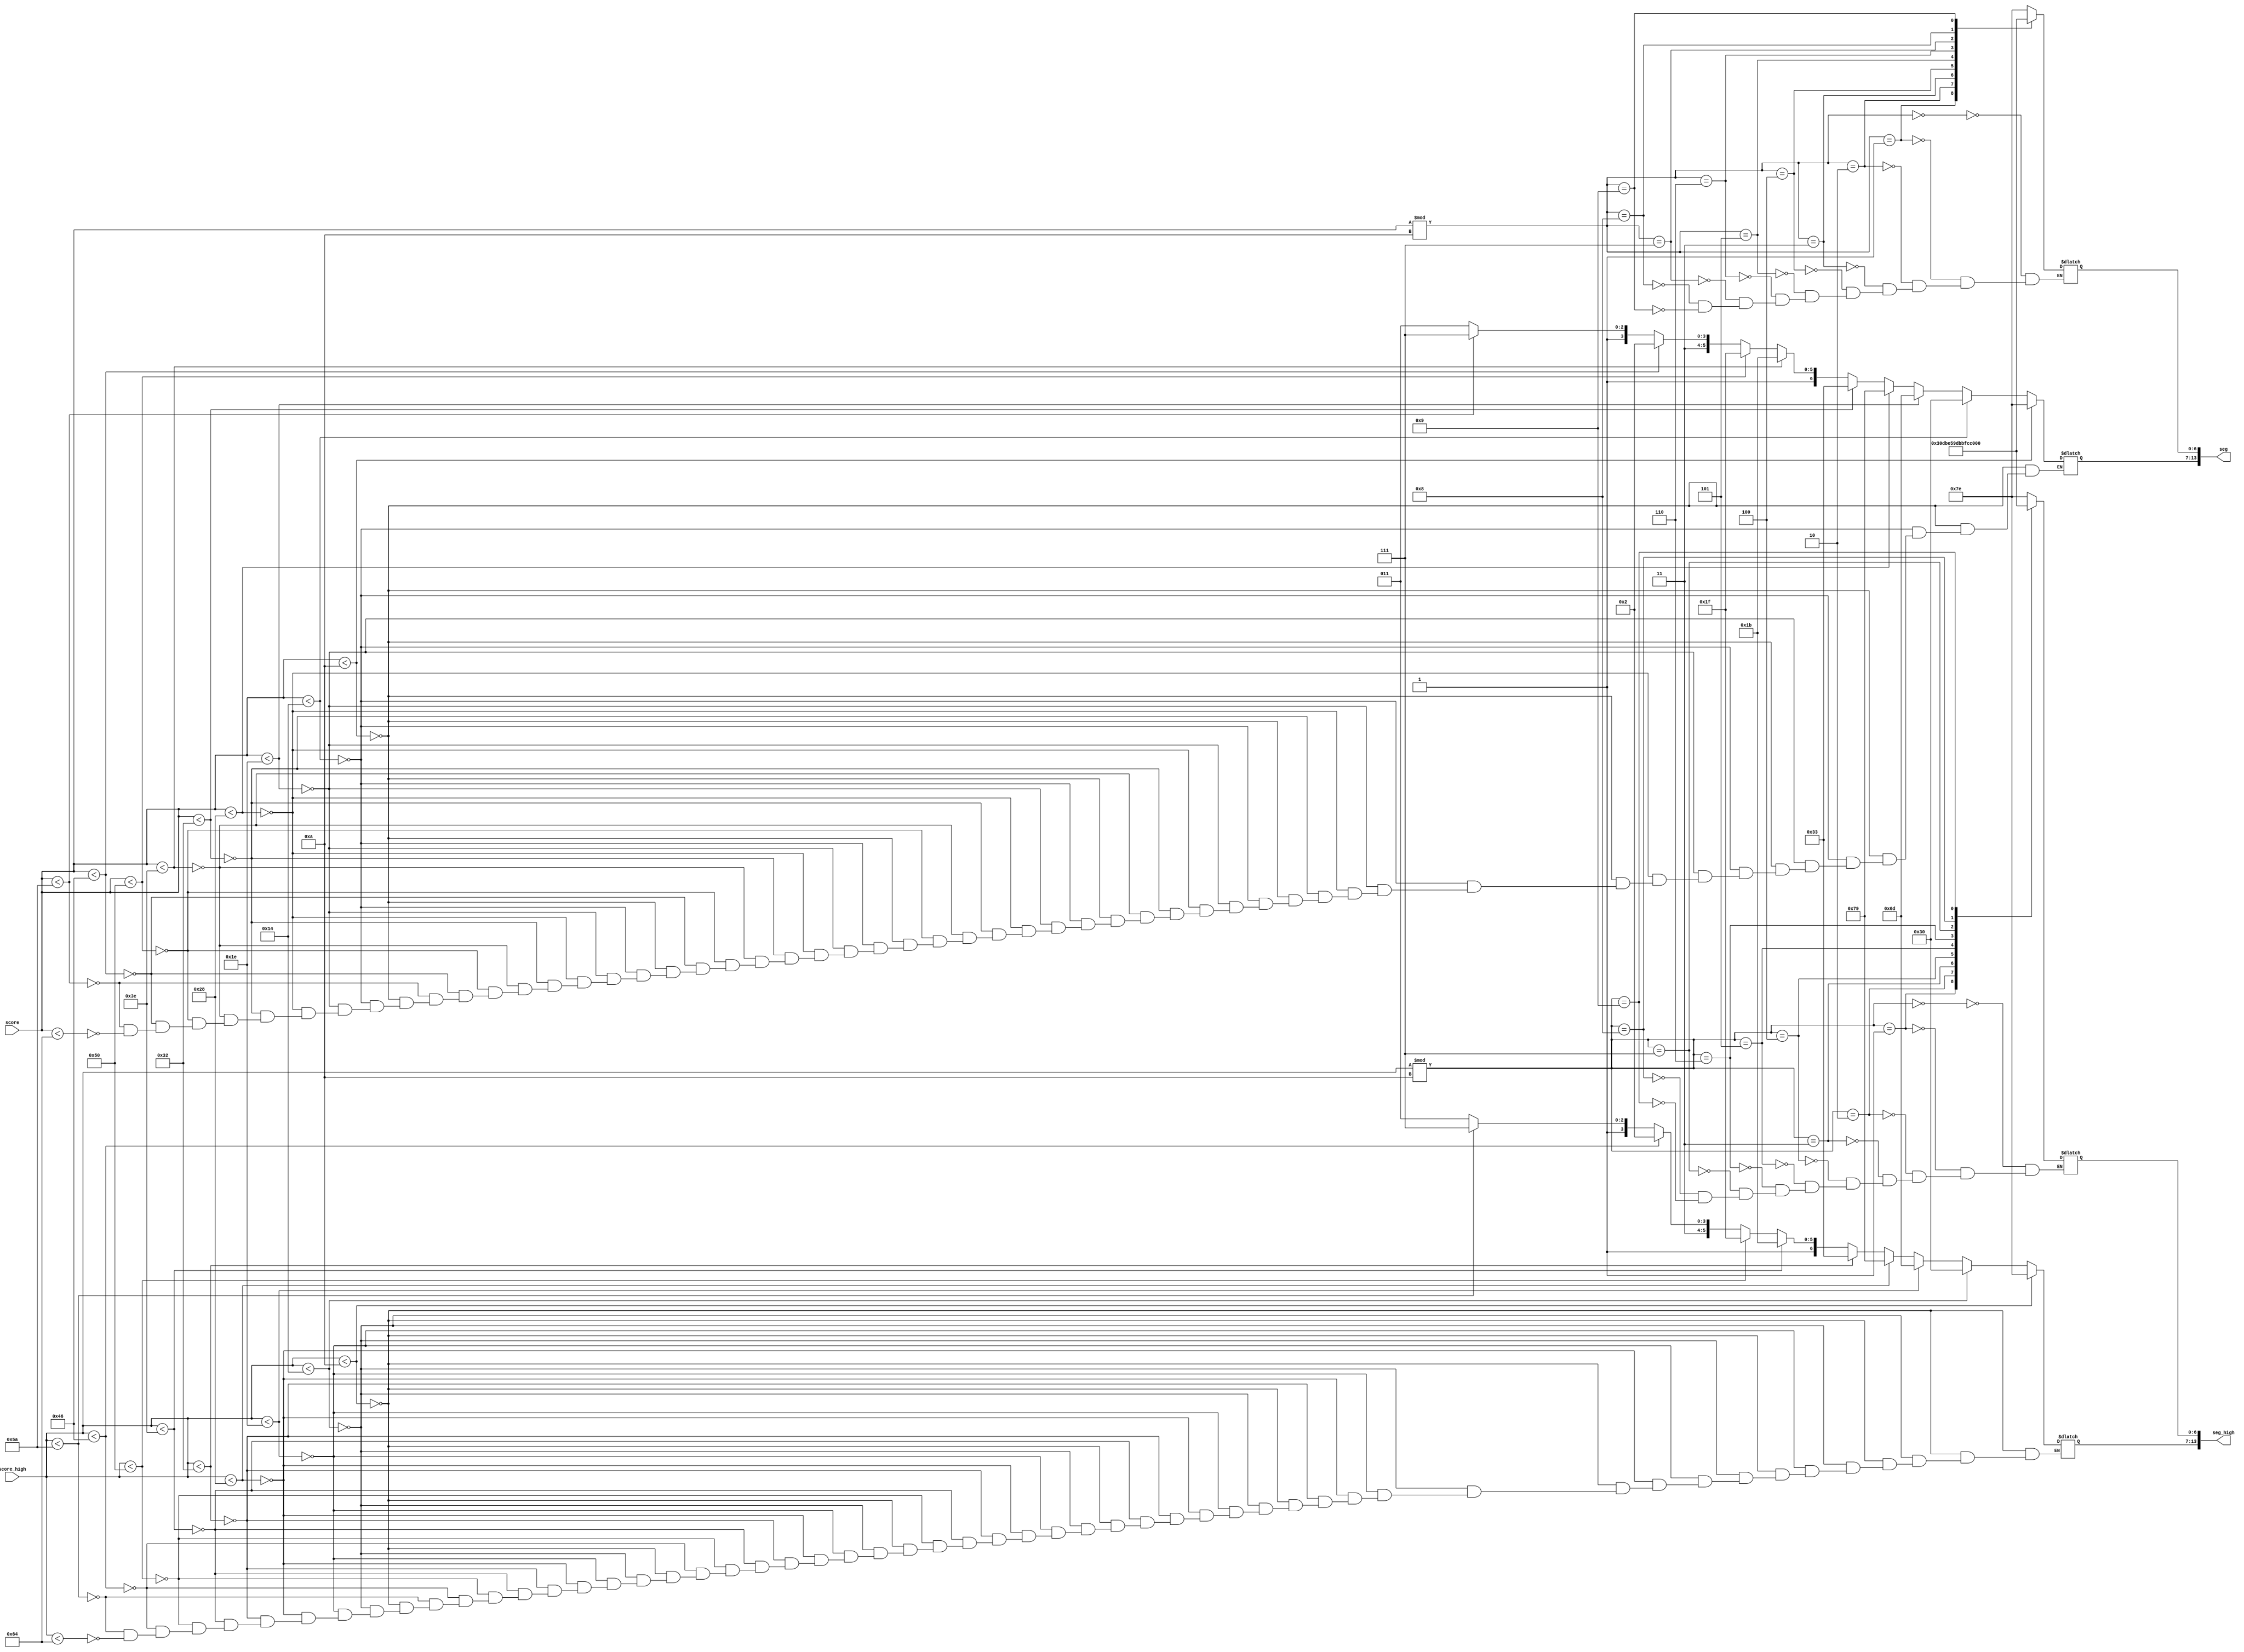
`timescale 1ns / 1ps
//////////////////////////////////////////////////////////////////////////////////
// Company: 
// Engineer: 
// 
// Design Name: 
// Module Name: score_show
// Project Name: 
// Target Devices: 
// Tool Versions: 
// Description: 
// 
// Dependencies: 
// 
// Revision:
// Revision 0.01 - File Created
// Additional Comments:
// 
//////////////////////////////////////////////////////////////////////////////////


module score_show(
       input  [6:0] score,
       input  [6:0] score_high,
       output reg [13:0] seg,
       output reg [13:0] seg_high
    );
    
    always @(score)
    begin
        case(score%10)
            0 : seg[6:0] = 7'b1111110;
            1 : seg[6:0] = 7'b0110000;
            2 : seg[6:0] = 7'b1101101;
            3 : seg[6:0] = 7'b1111001;
            4 : seg[6:0] = 7'b0110011;
            5 : seg[6:0] = 7'b1011011;
            6 : seg[6:0] = 7'b1011111;
            7 : seg[6:0] = 7'b1110010;
            8 : seg[6:0] = 7'b1111111;
            9 : seg[6:0] = 7'b1111011; 
        endcase
        
        case(score_high%10)
            0 : seg_high[6:0] = 7'b1111110;
            1 : seg_high[6:0] = 7'b0110000;
            2 : seg_high[6:0] = 7'b1101101;
            3 : seg_high[6:0] = 7'b1111001;
            4 : seg_high[6:0] = 7'b0110011;
            5 : seg_high[6:0] = 7'b1011011;
            6 : seg_high[6:0] = 7'b1011111;
            7 : seg_high[6:0] = 7'b1110010;
            8 : seg_high[6:0] = 7'b1111111;
            9 : seg_high[6:0] = 7'b1111011; 
        endcase
        
         if(score < 10)
            seg[13:7] = 7'b1111110;
    else if(score < 20)
            seg[13:7] = 7'b0110000;
    else if(score < 30)
             seg[13:7] = 7'b1101101;
    else if(score < 40)
             seg[13:7] = 7'b1111001;
    else if(score < 50)
             seg[13:7] = 7'b0110011;
    else if(score < 60)
             seg[13:7] = 7'b1011011;
    else if(score < 80)
             seg[13:7] = 7'b1011111;
    else if(score < 70)
             seg[13:7] = 7'b1110010;
    else if(score < 90)
             seg[13:7] = 7'b1111111;
    else if(score < 100)
             seg[13:7] = 7'b1111011;
             
             
              if(score_high < 10)
            seg_high[13:7] = 7'b1111110;
    else if(score_high < 20)
            seg_high[13:7] = 7'b0110000;
    else if(score_high < 30)
             seg_high[13:7] = 7'b1101101;
    else if(score_high < 40)
             seg_high[13:7] = 7'b1111001;
    else if(score_high < 50)
             seg_high[13:7] = 7'b0110011;
    else if(score_high < 60)
             seg_high[13:7] = 7'b1011011;
    else if(score_high < 80)
             seg_high[13:7] = 7'b1011111;
    else if(score_high < 70)
             seg_high[13:7] = 7'b1110010;
    else if(score_high < 90)
             seg_high[13:7] = 7'b1111111;
    else if(score_high < 100)
             seg_high[13:7] = 7'b1111011;
            
   end
    
 
    
    
endmodule